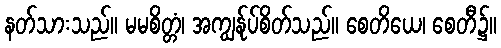
နတ်သားသည်။ မမစိတ္တံ၊ အကျွန်ုပ်စိတ်သည်။ စေတိယေ၊ စေတီ၌။